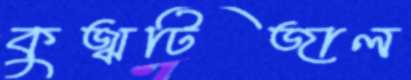
কুজ্ঝটিজাল